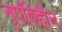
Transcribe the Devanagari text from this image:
नृपविहीन